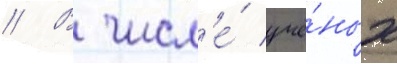
// В числ'е́ учё́ных